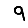
Digit: 9